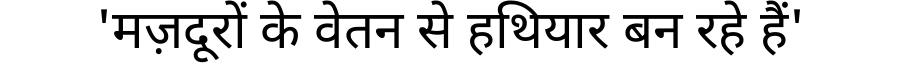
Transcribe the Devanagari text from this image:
'मज़दूरों के वेतन से हथियार बन रहे हैं'